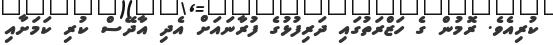
ކުރިއެވެ. ރޮމުން ގެ ހަޒްރަތުގައި ދަރިފުޅުގެ ފުރާނައަށް އެދި އާދޭސް ކުރި ކަމަށާއި